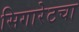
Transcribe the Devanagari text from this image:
सिगारेटचा